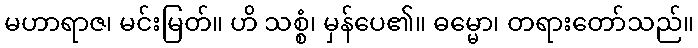
မဟာရာဇ၊ မင်းမြတ်။ ဟိ သစ္စံ၊ မှန်ပေ၏။ ဓမ္မော၊ တရားတော်သည်။